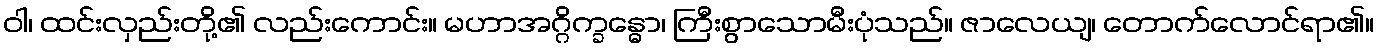
ဝါ၊ ထင်းလှည်းတို့၏ လည်းကောင်း။ မဟာအဂ္ဂိက္ခန္ဓော၊ ကြီးစွာသောမီးပုံသည်။ ဇာလေယျ၊ တောက်လောင်ရာ၏။